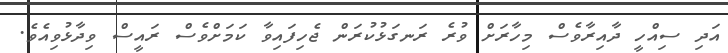
އަދި ސިއްހީ ދާއިރާވެސް މިހާރަށް ވުރެ ރަނގަޅުކުރަން ޖެހިފައިވާ ކަމަށްވެސް ރައީސް ވިދާޅުވިއެވެެ.